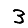
Digit: 3